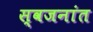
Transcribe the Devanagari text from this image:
स्वजनांत